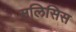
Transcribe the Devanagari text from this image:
सलिसिस